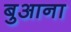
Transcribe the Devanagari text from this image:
बुआना